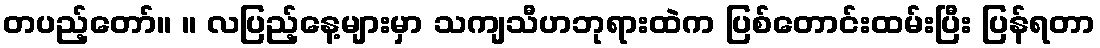
တပည့်တော်။ ။ လပြည့်နေ့များမှာ သကျသီဟဘုရားထဲက ပြစ်တောင်းထမ်းပြီး ပြန်ရတာ